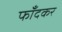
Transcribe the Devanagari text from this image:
फाँदकर